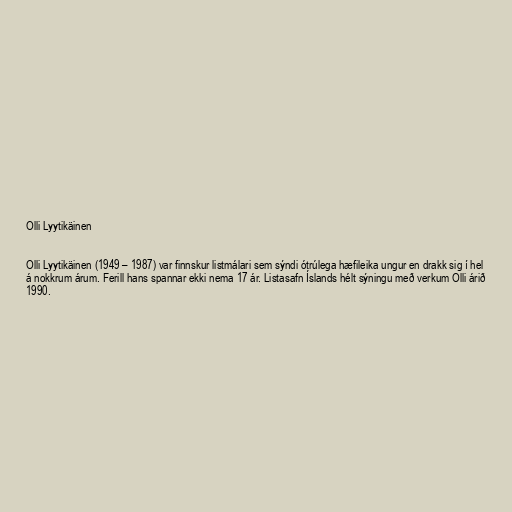
Olli Lyytikäinen

Olli Lyytikäinen (1949 – 1987) var finnskur listmálari sem sýndi ótrúlega hæfileika ungur en drakk sig í hel
á nokkrum árum. Ferill hans spannar ekki nema 17 ár. Listasafn Íslands hélt sýningu með verkum Olli árið
1990.